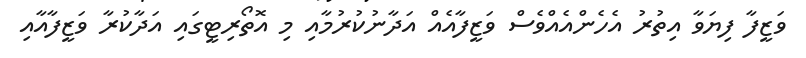
ވަޒީފާ ފިޔަވާ އިތުރު އެހެންއެއްވެސް ވަޒީފާއެއް އަދާނުކުރުމާއި މި އޮތޯރިޓީގައި އަދާކުރާ ވަޒީފާއާއި